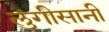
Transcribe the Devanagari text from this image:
लुंगीसानी